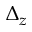
\Delta _ { z }